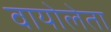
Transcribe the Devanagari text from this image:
वायोलेता